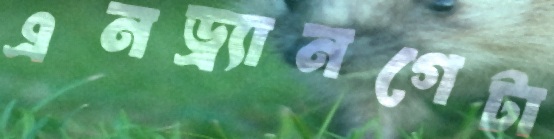
এনড্র্যানগেটা